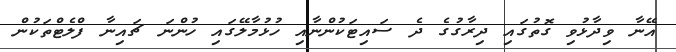
އޭނާ ވިދާޅުވި ގޮތުގައި ދިރާގުގެ ދެ ސައިޓަކުންނާއި ހުޅުމާލޭގައި ހުންނަ ޗައިނާ ފްލެޓްތަކުން